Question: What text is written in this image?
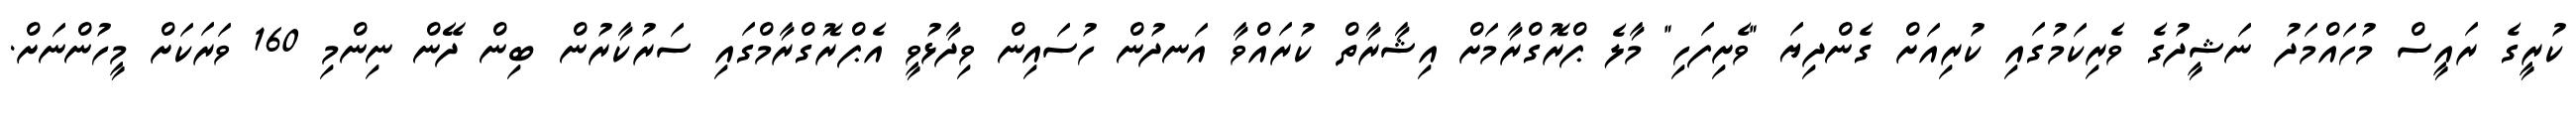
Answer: ކުރީގެ ރައީސް މުހައްމަދު ނަޝީދުގެ ވެރިކަމުގައި ކުރިއަށް ގެންދިޔަ "ވެށިފަހި" މާލެ ޕްރޮގްރާމަށް އިޝާރާތް ކުރައްވާ އަނދުން ހުސައިން ވިދާޅުވީ އެޕްރޮގްރާމްގައި ސަރުކާރުން ބިން ދޭން ނިންމި 160 ވަރަކަށް މީހުންނަށް.